Leaving Certificate Examination, 1913
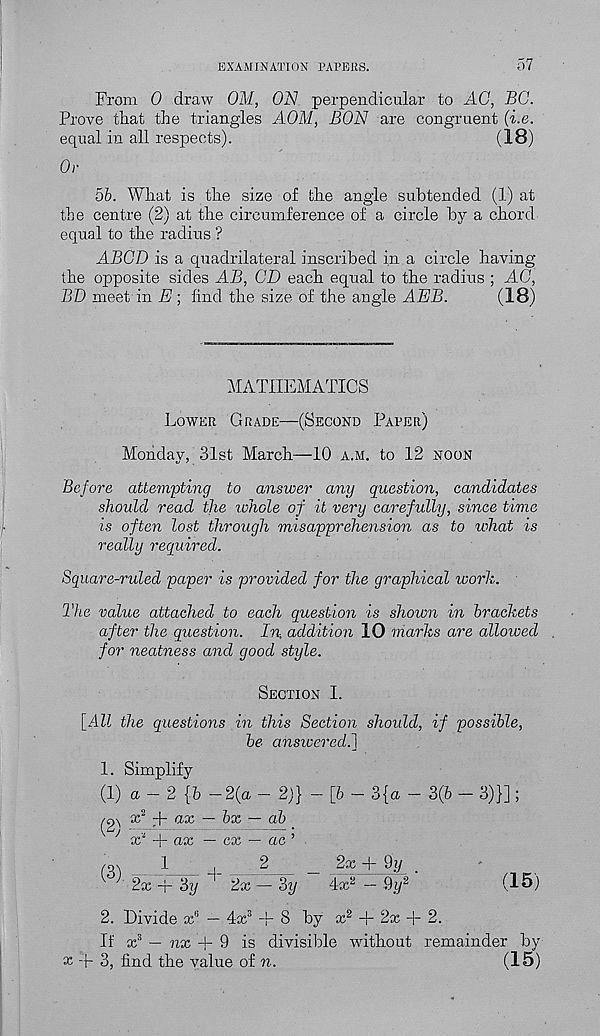
EXAMINATION PAPERS.
57
From 0 draw OM, ON perpendicular to AG, BG.
Prove tliat the triangles AOM, BON are congruent (i.e.
equal in all respects).
(18)
Or
5b. What is the size of the angle subtended (1) at
the centre (2) at the circumference of a circle by a chord
equal to the radius ?
ABGD is a quadrilateral inscribed in a circle having
the opposite sides AB, CD each equal to the radius ; AG,
BD meet in E; find the size of the angle AEB.
(18)
MATHEMATICS
Lower Grade—(Second Paper)
Monday, 31st March—10 a.m. to 12 noon
Before attempting to answer any question, candidates
should read the whole of it very carefully, since time
is often lost through misapprehension as to what is
really required.
Square-ruled paper is provided for the graphical work.
The value attached to each question is shown in brackets
after the question. In. addition 10 marks are allowed
for neatness and good style.
Section I.
[All the questions in this Section should, if possible,
be answeredi]
1. Simplify
(1) a - 2 {b — 2(a - 2)} - [b - 3{a - 3(6 - 3)}];
x 2 fr a x ~ bx — ab
x‘ + ax — cx — ac’
(0\
i
,
2
_ 2x + 9iy _
2x
Sy
2x — 3y
4x a — 9y 2
(15)
2. Divide x 6 — 4x 3 + 8 by x 2 + 2x + 2.
If x 3 — nx + 9 is divisible without remainder by
x + 3, find the value of n.
(15)